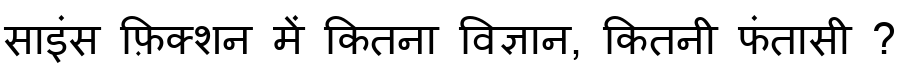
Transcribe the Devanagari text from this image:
साइंस फ़िक्शन में कितना विज्ञान, कितनी फंतासी ?